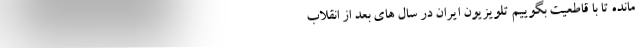
مانده تا با قاطعیت بگوییم تلویزیون ایران در سال های بعد از انقلاب